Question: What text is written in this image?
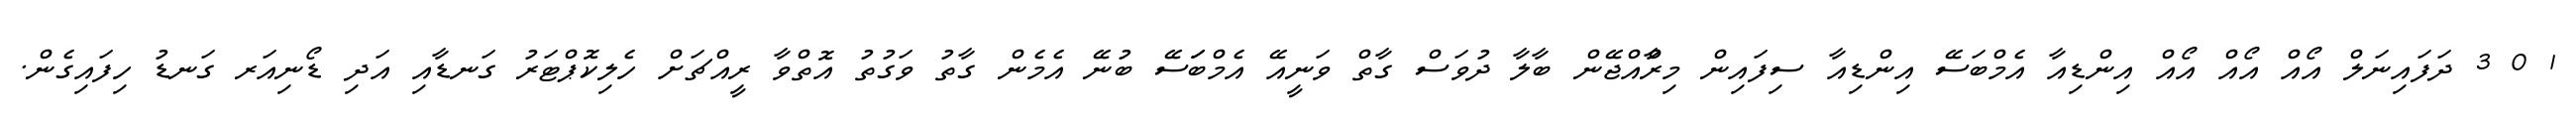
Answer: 1 0 3 ދަފައިނަލް އޯއް އޯއް އޯއް އިންޑިއާ އެމްބަސޭ އިންޑިއާ ސިފައިން މިރާްއްޖޭން ބާލާ ދުވަސް ގާތް ވަނީއޭ އެމްބަަސޭ ބުނޭ އެމެން ގާތު ވަގުތު އޮތްވާ ރީއްޗަށް ހެލިކޮޕްޓަރު ގަނޑާއި އަދި ޑޯނިއަރ ގަނޑު ހިފައިގެން.